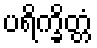
ပရိက္ခိတ္တံ